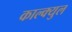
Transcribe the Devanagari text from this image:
काल्क्युल